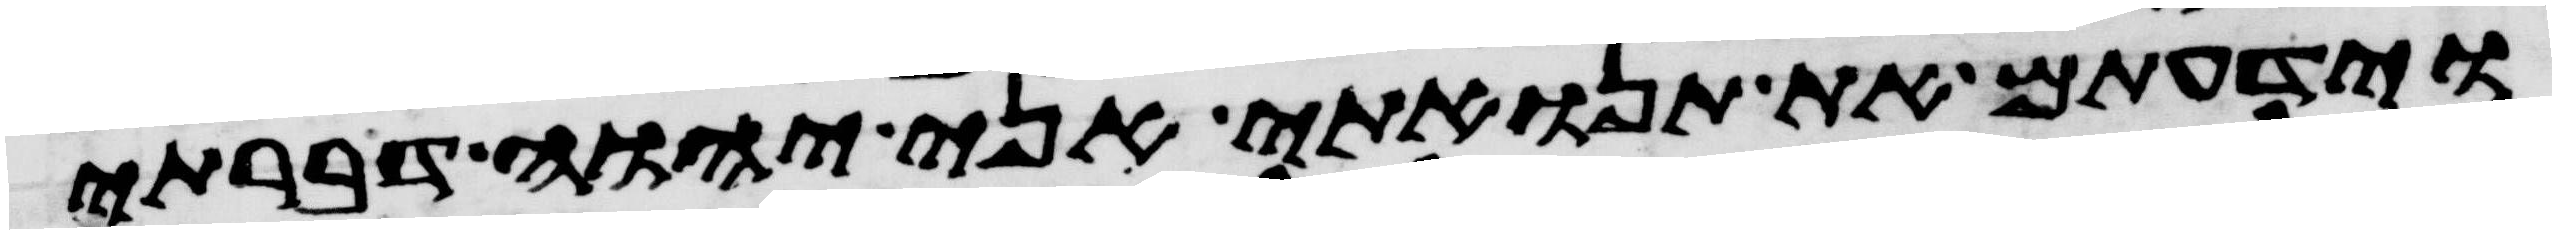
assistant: וידעתם את תנואתי אני יהוה דברתי